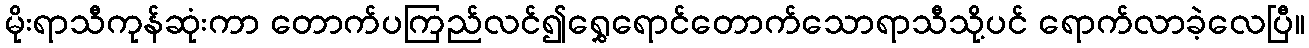
မိုးရာသီကုန်ဆုံးကာ တောက်ပကြည်လင်၍ရွှေရောင်တောက်သောရာသီသို့ပင် ရောက်လာခဲ့လေပြီ။